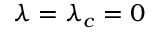
\lambda = \lambda _ { c } = 0